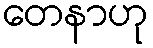
တေနာဟု